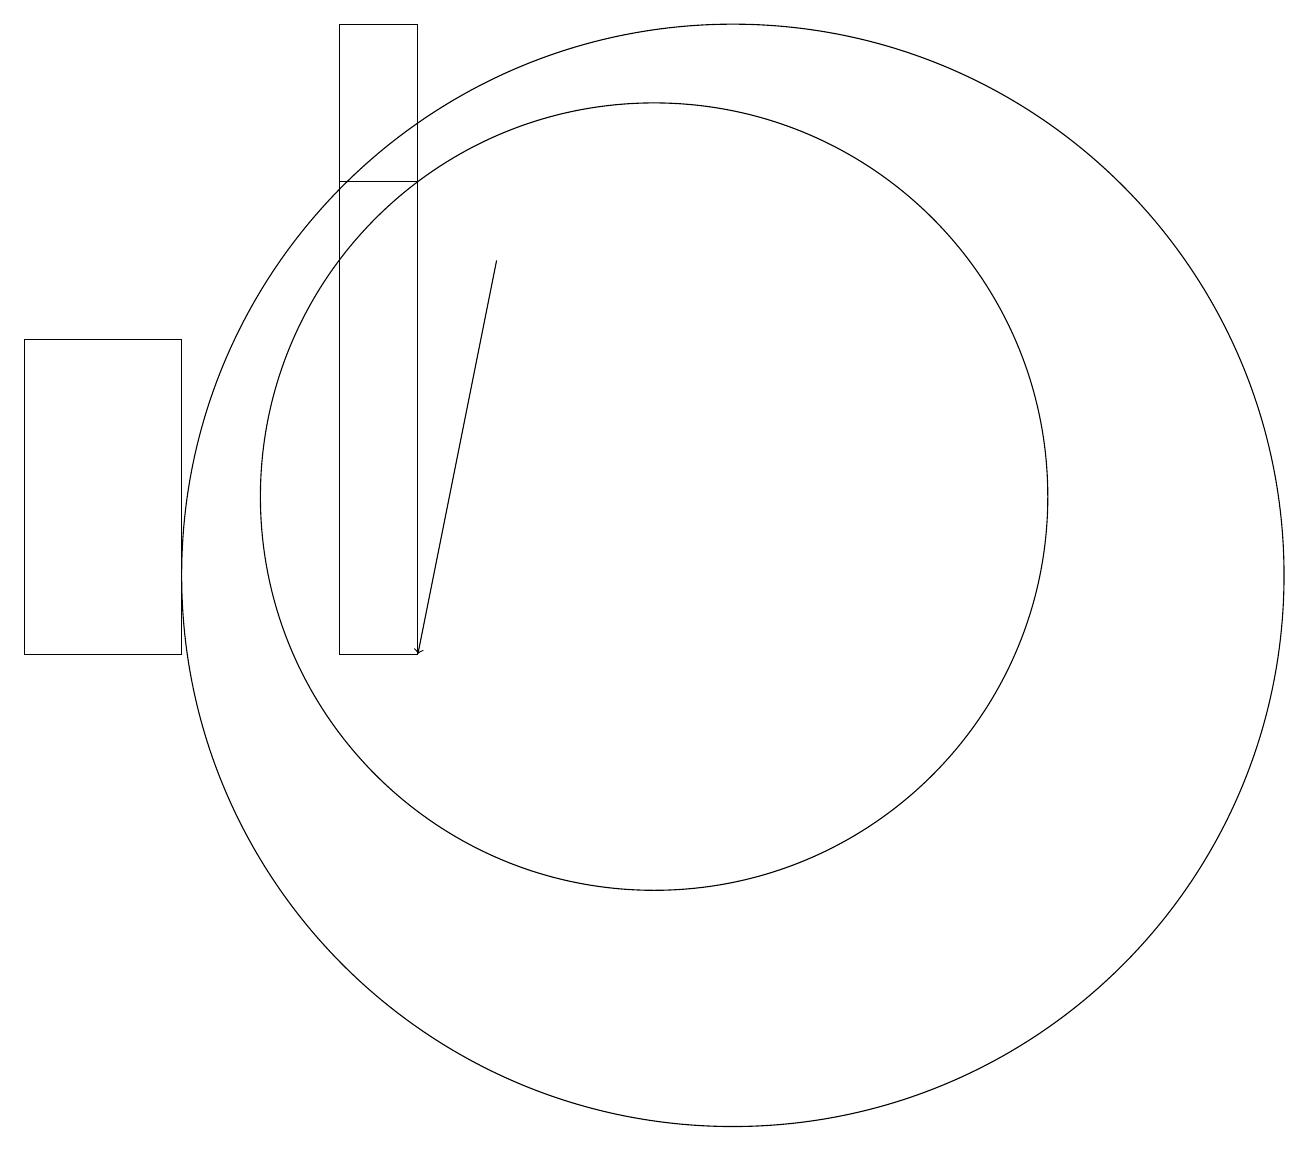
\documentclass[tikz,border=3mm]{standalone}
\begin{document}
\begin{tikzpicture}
\draw (11,11) circle (7);
\draw[->] (8,15) -- (7,10);
\draw (2,14) rectangle (4,10);
\draw (10,12) circle (5);
\draw (7,16) rectangle (6,18);
\draw (6,10) rectangle (7,16);
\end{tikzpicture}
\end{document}